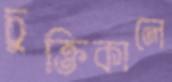
চুক্তিকালে